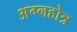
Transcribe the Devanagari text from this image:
अग्नहोत्र